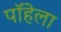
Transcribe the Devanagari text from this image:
पॉहेला